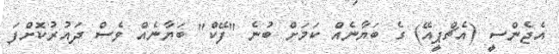
އެޖެންސީ (އެޗްޕީއޭ) ގެ ބަޔާނެއް ކަމަށް ބުނެ "ފޭކް" ބަޔާނެއް ވެސް ދައުރުކޮށްފަ